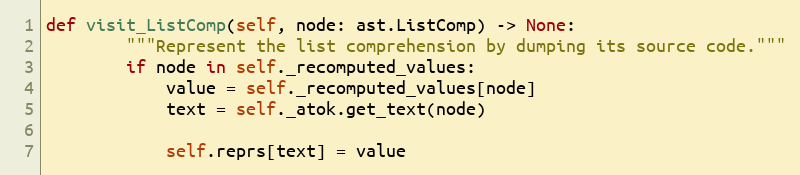
Language: Python
def visit_ListComp(self, node: ast.ListComp) -> None:
        """Represent the list comprehension by dumping its source code."""
        if node in self._recomputed_values:
            value = self._recomputed_values[node]
            text = self._atok.get_text(node)

            self.reprs[text] = value